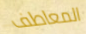
المعاطف